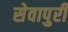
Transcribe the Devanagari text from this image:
सेवापुरी